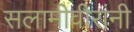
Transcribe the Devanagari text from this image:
सलामीवीरांनी